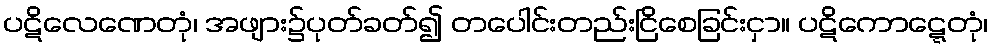
ပဋိလေဏေတုံ၊ အဖျား၌ပုတ်ခတ်၍ တပေါင်းတည်းငြိစေခြင်းငှာ။ ပဋိကောဋ္ဋေတုံ၊